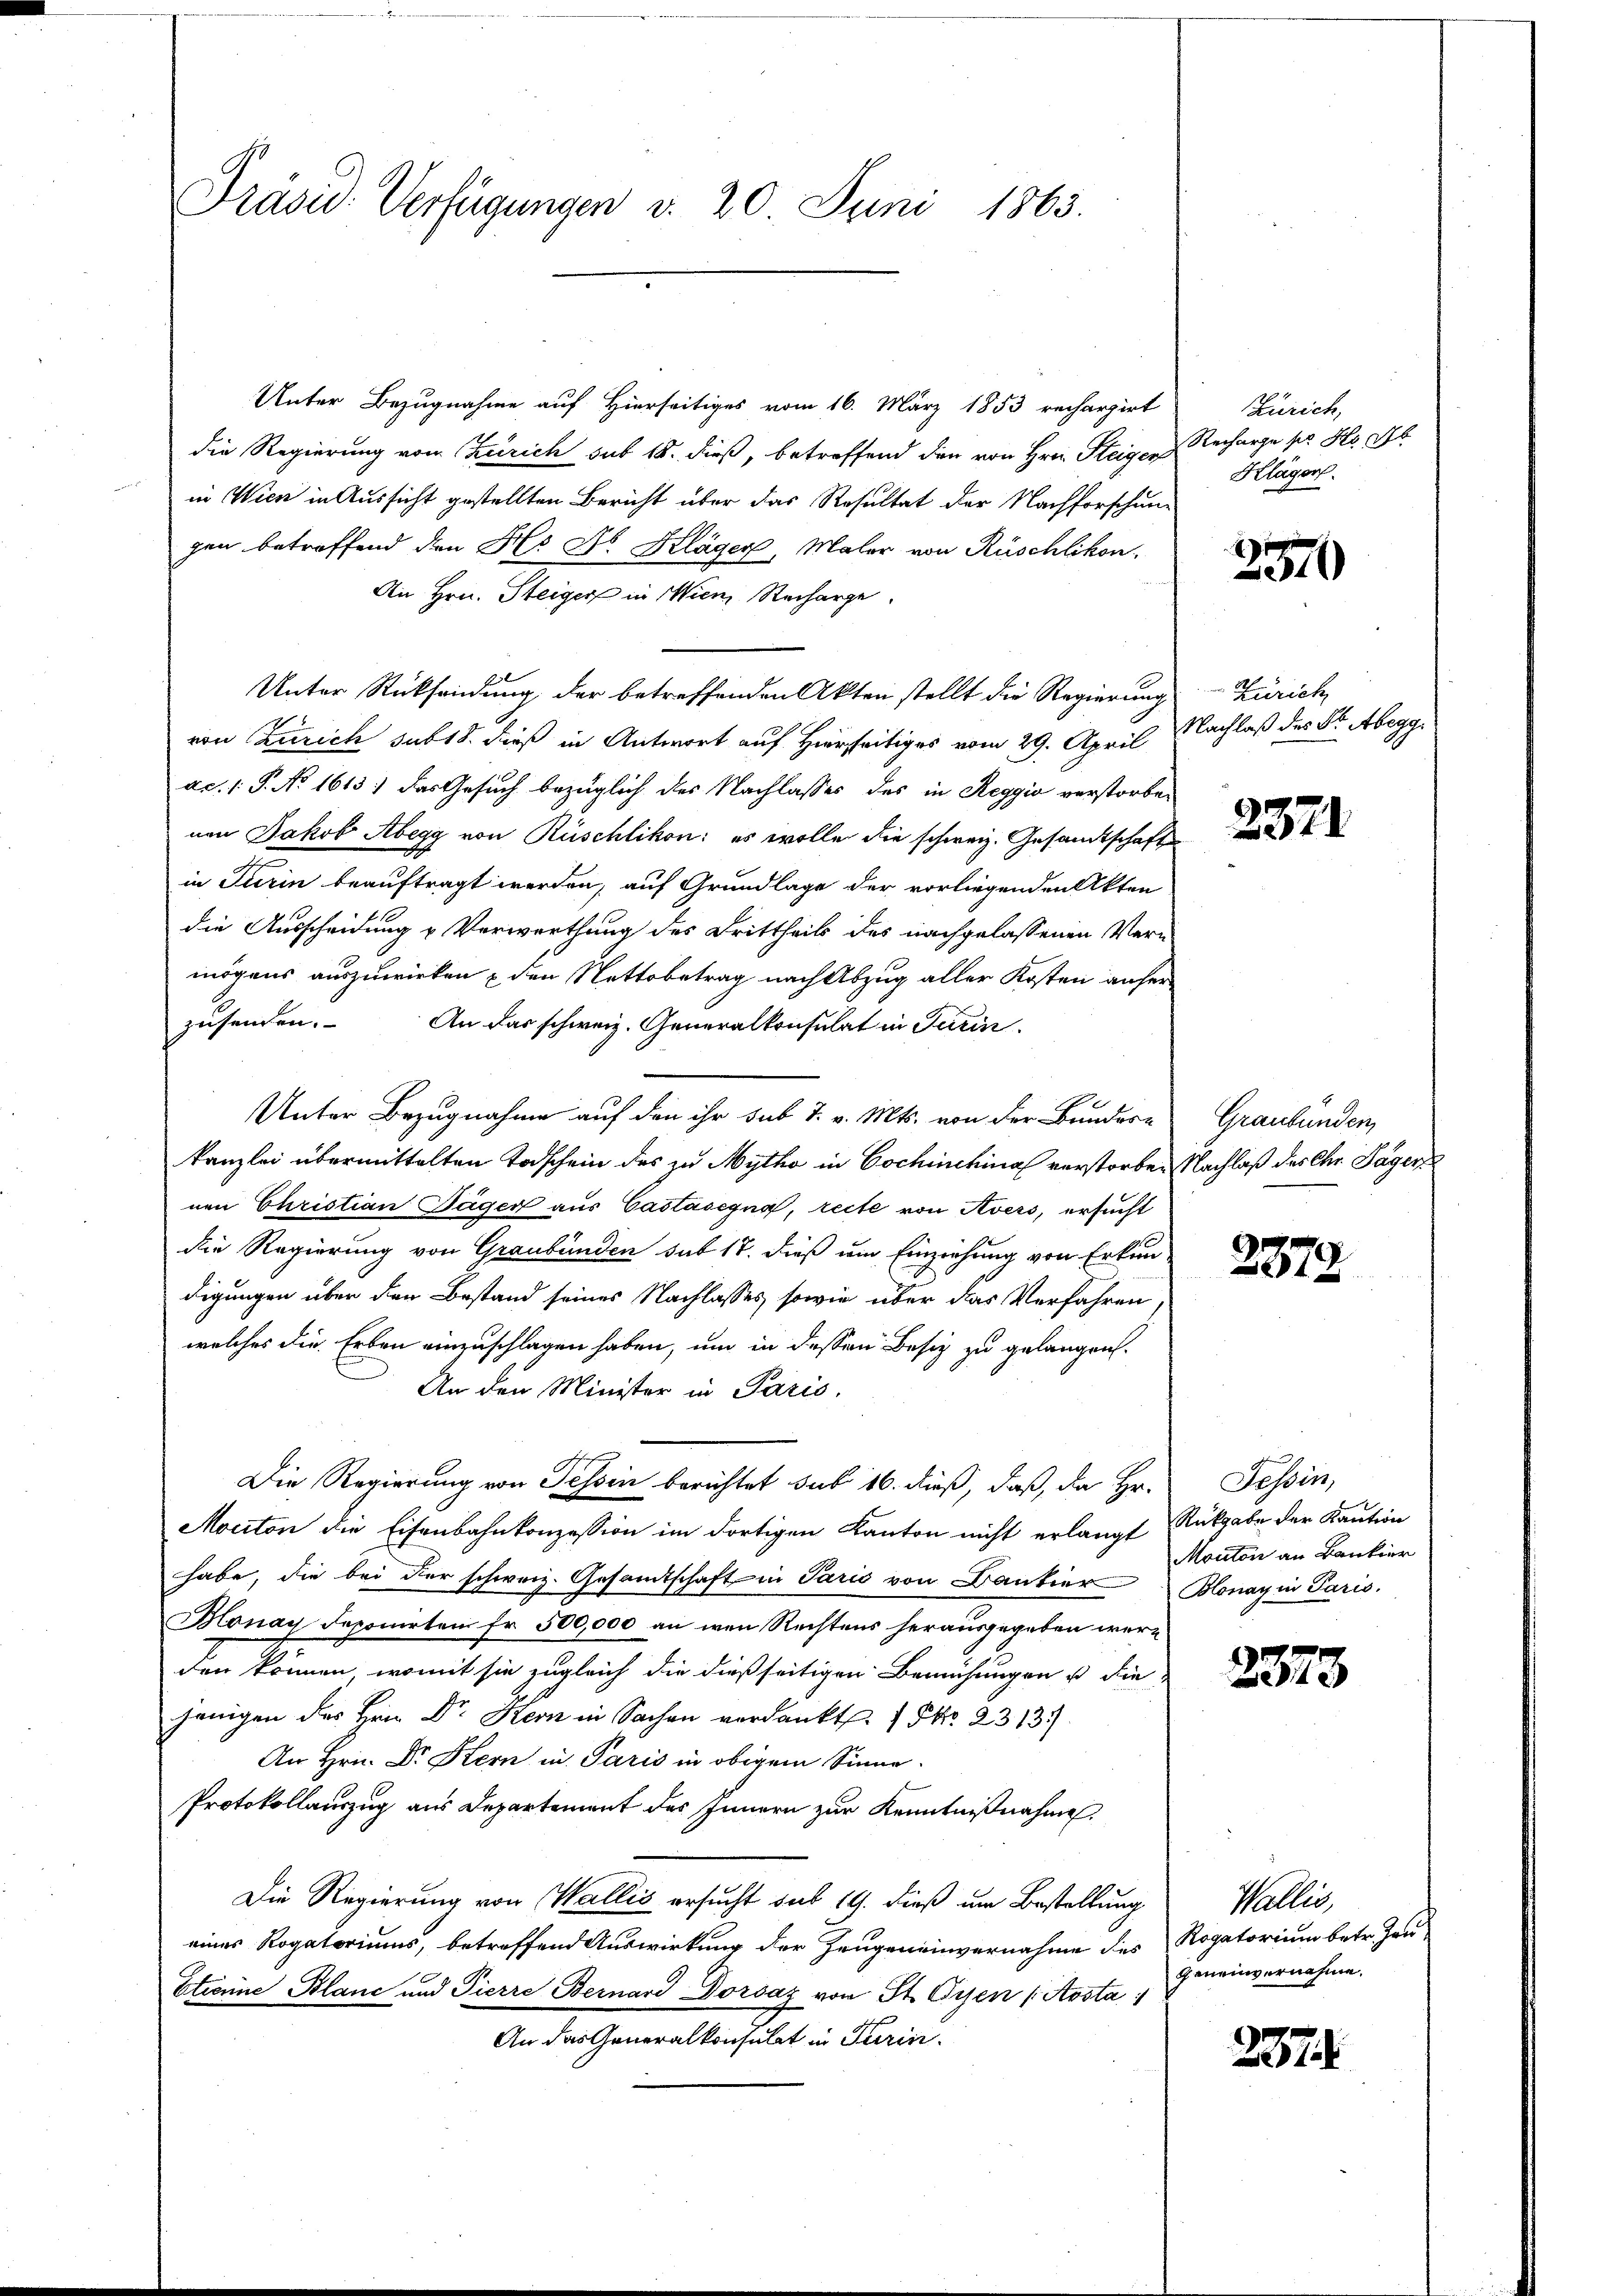
Präsid. Verfügungen v. 20. Juni 1863.

Unter Bezugnahme auf Hierseitiges vom 16. März 1853 rechargirt
die Regierung vom Zürich sub 15. dieß, betreffend den von Hrn. Steiger Recharge pr Hr. St
in Wien in Aussicht gestellten Bericht über das Resultat der Nachforschung
gen betreffend den No No. Kläger, Maler von Rüschlikon.
An Hrn. Steiger in Wien, Recharge.
Unter Rücksendung der betreffenden Akten stellt die Regierung Zürich
von Zürich subt8. dieß in Antwort auf Hierseitiges vom 29. April
ac.1 P. No 1613) das Gesuch bezüglich des Nachlasses des in Reggio verstorbenen Jakob Abegg von Rüschlikon: es wolle die schweiz. Gesandtschaft
in Turin beauftragt werden, auf Grundlage der vorliegenden Akten
die Ausscheidung u Verwerthung des Drittheils des nachgelassenen Vern
mögens auszuwirken u den Nettobetrag nach Abzug aller Kosten anher
zusenden. An das schweiz. Generalkonsulat in Turin
Unter Bezugnahme auf den ihr sub 7. v. Mts. von der Bundes-
kanzlei übermittelten Todschein des zu Mythe in Cochinchinal verstorben Nachlaß des Chr. Sager
nen Christian Jäger aus Castasegna, recte von Avers, ersucht
die Regierung von Graubünden sub 17. dieß um Einziehung von Erkun-
digungen über den Bestand seines Nachlasses sowie über das Verfahren
welches die Erben einzuschlagen haben, um in dessen Besiz zu gelangen.
An den Minister in Paris,
Die Regierung von Tessin berichtet sub 16. dieß, daß, da Hr.
Mociton die Eisenbahnkonzession im dortigen Kanton nicht erlangt Rückgabe der Kaution
habe, die bei der schweiz. Gesamtschaft in Paris von Bankier Blonay in Paris.
Bonay deponirten fr. 500,000 an wen Rechtens herausgegeben werden können, womit sie zugleich die dießseitigen Bemühungen u die
jenigen der Hrn. Dr. Kern in Sachen verdankt. 1 Pkt. 2313).
An Hrn. Dr Kern in Paris in obigem Sinne.
Protokollauszug aus Departement des Innern zur Kenntnißnahme,
Die Regierung von Wallis ersucht sub 19. dieß um Bestellung
eines Rogatoriums, betreffend Auswirkung der Zeugeneinvernahme des Rogatorium betr. Gru
Etiene Blanc und Pierre Bernard Dorsaz von St. Gysen (Aosta
An das Generalkonsulat in Turin

Zürich,
Kläger.

2570

Nachlaß des Dr. Abegg.

2371

Graubünden,

2879

Tessin,
Monton an Bankier

2373

Wallis,
geneinvernahme.

287